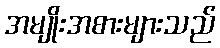
အမျိုးအစားများသည်